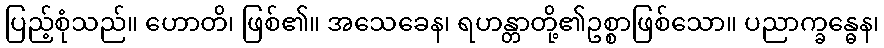
ပြည့်စုံသည်။ ဟောတိ၊ ဖြစ်၏။ အသေခေန၊ ရဟန္တာတို့၏ဥစ္စာဖြစ်သော။ ပညာက္ခန္ဓေန၊